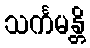
သင်္ကမန္တိ